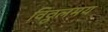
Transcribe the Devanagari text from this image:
विठ्ठलमय